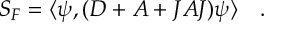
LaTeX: { \cal S _ { F } } = \langle \psi , ( D + A + J A J ) \psi \rangle ~ ~ ~ .